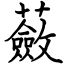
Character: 蘞